Leaving Certificate Examination, 1908
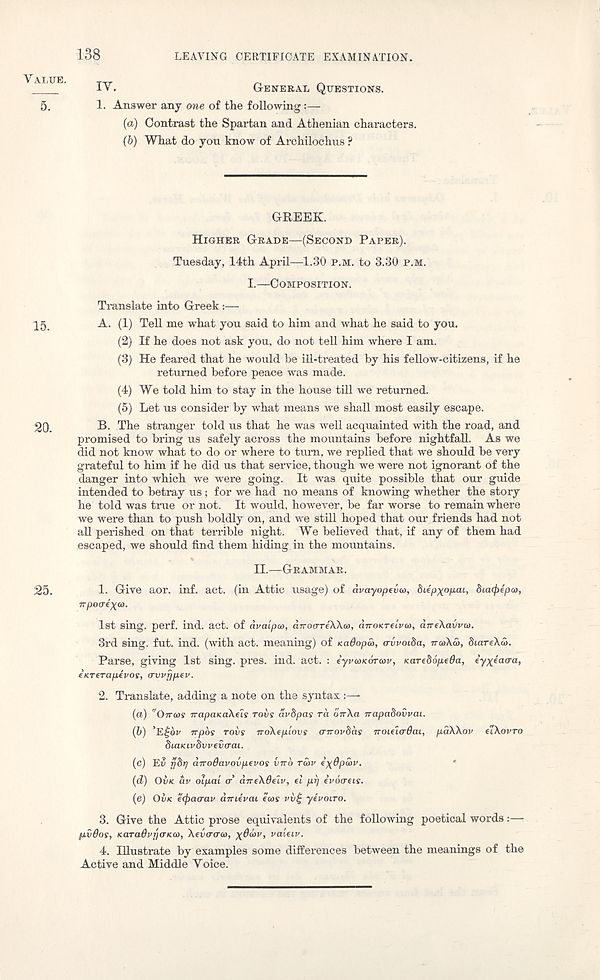
138
LEAVING CERTIFICATE EXAMINATION.
'
IV.
GENERAL QUESTIONS.
5.
1. Answer any one of the following:—
{a) Contrast the Spartan and Athenian characters.
(b)
What do you know of Archiloch
GREEK.
HIGHER GRADE—(SECOND PAPER).
Tuesday, 14th April—1.30 P.M. to 3.30 P.M.
I.—COMPOSITION.
Translate into Greek:—
25.
A. (1) Tell me what you said to him and what he said to you.
(2) If he does not ask you, do not tell him where I am.
(3) He feared that he would be ill-treated by his fellow-citizens, if he
returned before peace was made.
(4) We told him to stay in the house till we returned.
(5) Let us consider by what means we shall most easily escape.
2Q.
B. The stranger told us that he was well acquainted with the road, and
promised to bring us safely across the mountains before nightfall. As we
did not know what to do or where to tum, we replied that we should be very
grateful to him if he did us that service, though we were not ignorant of the
danger into which we were going. It was quite possible that our guide
intended to betray us; for we had no means of knowing whether the story
he told was true or not. It would, however, be far worse to remain where
we were than to push boldly on, and we still hoped that our friends had not
all perished on that terrible night. We believed that, if any of them had
escaped, we should find them hiding in the mountains.
II.—GRAMMAR.
25.
1. Give aor. inf. act. (in Attic usage) of dvayopevm, biipxopai, 8ia(f)epa>,
Trpoo-f^o).
1st sing. perf. ind. act. of dvalpa), dnotTTeXka), diroKTelva), dneXaxivxa.
3rd sing. fut. ind. (with act. meaning) of KadopS>, o-vvoiba, Tra>\S>, biareXS).
Parse, giving 1st sing. pres. ind. act. : eyvcoKorav, KarebopeOa, iyyia-tra,
eKTeraptvos, (Tvvfjpev.
2. Translate, adding a note on the syntax :—
(a) "OTTCOS irapanakeis TOVS avbpas rd dnXa rrapadovvai.
(b) ’E^ov jrpos TOVS iroXepiovs arrovbds iroifltrdai, pdXXov HXOVTO
biaKivbvvevtrai.
(c) Ev ijbrj aTToOavovpevos iino ratv exdpcov.
(d) OVK dv olpal <r dneXdeiv, el pi) evoireis.
(e) OVK e(f>a<rav dmevai ea>s vvi; yevoiro.
3. Give the Attic prose equivalents of the following poetical words:—
pvdos, KaTa6vr)(TK<o, Xevcnrca, X@ < * >v > valeiv.
4. Illustrate by examples some differences between the meanings of the
Active and Middle Voice.